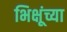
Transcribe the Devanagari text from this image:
भिक्षूंच्या